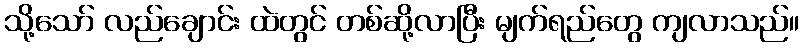
သို့သော် လည်ချောင်း ထဲတွင် တစ်ဆို့လာပြီး မျက်ရည်တွေ ကျလာသည်။